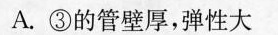
A.③的管壁厚，弹性大